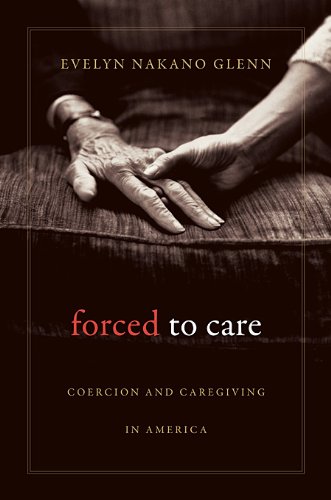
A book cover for Forced to Care: Coercion and Caregiving in America; Evelyn Nakano Glenn; Medical Books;